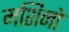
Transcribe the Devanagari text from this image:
मशिनो